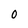
Character: 0